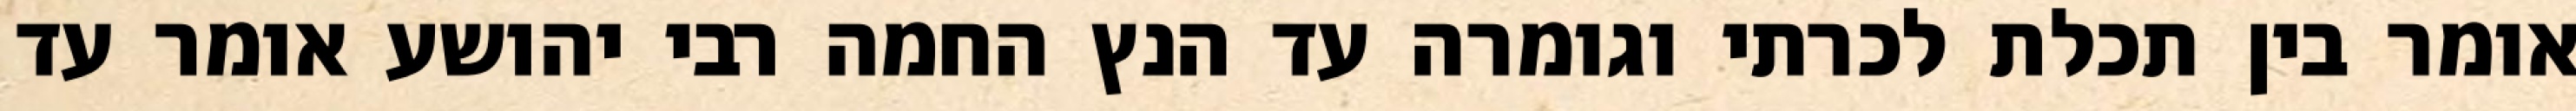
אומר בין תכלת לכרתי וגומרה עד הנץ החמה רבי יהושע אומר עד